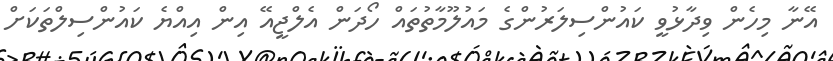
އޭނާ މިހެން ވިދާޅުވީ ކައުންސިލަރުންގެ މައުލޫމާތުތައް ހޯދަން އެލްޖީއޭ އިން އިއްޔެ ކައުންސިލްތަކަށް